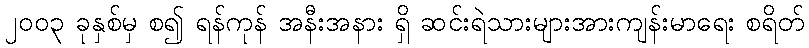
၂၀၀၃ ခုနှစ်မှ စ၍ ရန်ကုန် အနီးအနား ရှိ ဆင်းရဲသားများအားကျန်းမာရေး စရိတ်